Eesti_Peakonsulaat_New_Yorgis, lk 44
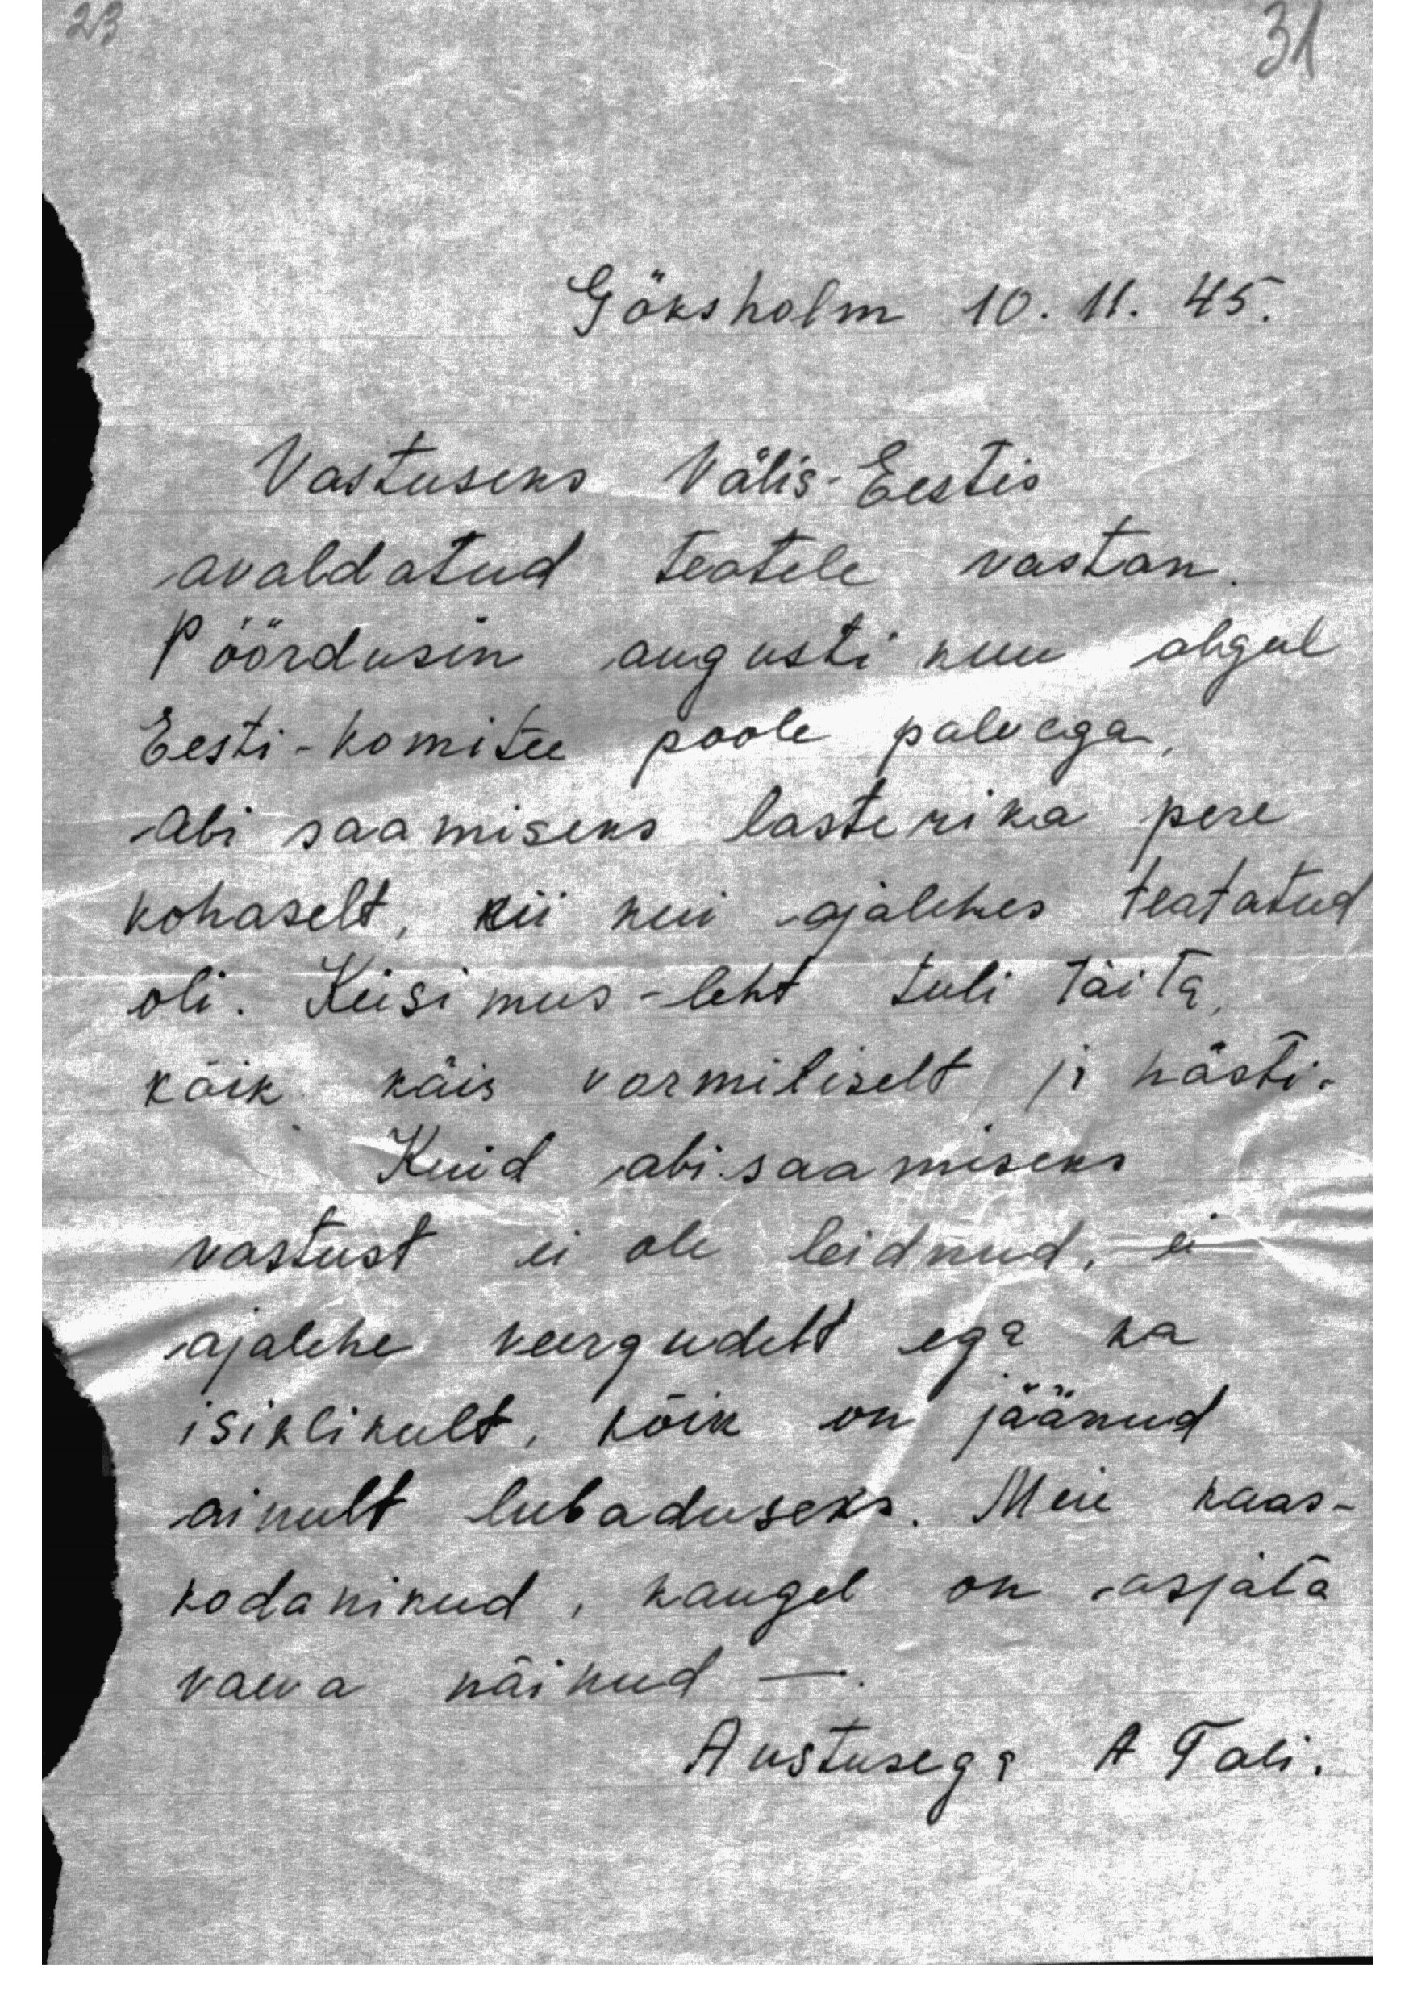
23

31

Göksholm 10. 11. 45.

Vastuseks Välis-Eestis
avaldatud teatele vastan.
Pöördusin augusti kuu algul
Eesti-komitee poole palvega,
abi saamiseks lasterika pere
kohaselt, nii kui ajalehes teatatud
oli. Küsimus-leht tuli täita,
kõik käis vormiliselt ja hästi.
Kuid abi saamiseks
vastust ei ole leidnud, ei
ajalehe veergudelt ega ka
isiklikult, kõik on jäänud
ainult lubaduseks. Meie kaas-
kodanikud, kaugel on asjata
vaeva näinud
Austusega A Tali.